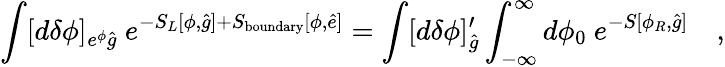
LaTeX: \int[d\delta\phi]_{e^{\phi}{\hat{g}}}~e^{-S_{L}[\phi,{\hat{g}}]+S_{\mathrm{boundary}}[\phi,{\hat{e}}]}=\int[d\delta\phi]_{{\hat{g}}}^{\prime}\int_{-\infty}^{\infty}d\phi_{0}~e^{-S[\phi_{R},{\hat{g}}]}\quad,